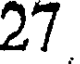
27